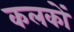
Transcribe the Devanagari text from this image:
कलकों